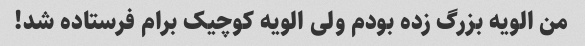
من الویه بزرگ زده بودم ولی الویه کوچیک برام فرستاده شد!